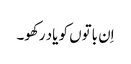
اِن باتوں کو یاد رکھو۔